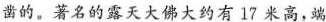
凿的。著名的露天大佛大约有17米高，端